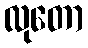
လုတော